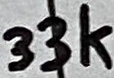
Text: 33k